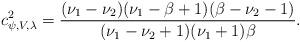
LaTeX: \begin{align*}c^2_{\psi, V,\lambda}=\frac{(\nu_1-\nu_2)(\nu_1-\beta+1)(\beta-\nu_2-1)}{(\nu_1-\nu_2+1)(\nu_1+1)\beta}.\end{align*}